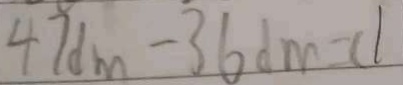
4 7 d m - 3 6 d m = C l